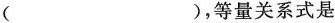
（），等量关系式是